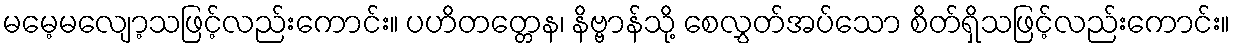
မမေ့မလျော့သဖြင့်လည်းကောင်း။ ပဟိတတ္တေန၊ နိဗ္ဗာန်သို့ စေလွှတ်အပ်သော စိတ်ရှိသဖြင့်လည်းကောင်း။